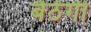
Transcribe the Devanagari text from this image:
बैठेंगी